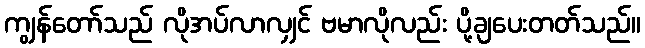
ကျွန်တော်သည် လိုအပ်လာလျှင် ဗမာလိုလည်း ပို့ချပေးတတ်သည်။